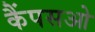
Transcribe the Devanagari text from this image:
कैंपसओ